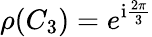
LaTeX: \rho(C_{3})=e^{\mathrm{i}\frac{2\pi}{3}}